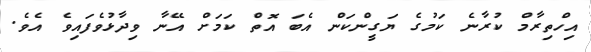
އިހްތިރާމް ކުރާނެ ކަމުގެ ޔަގީންކަން އެބަ އޮތް ކަމަށް އޭނާ ވިދާޅުވެފައިވެ އެވެ.